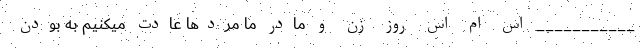
___________ اس ام اس روز زن و مادر ما مردها عادت میکنیم بـه بودنِ